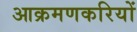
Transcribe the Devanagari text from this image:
आक्रमणकरियों